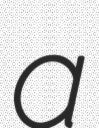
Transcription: a